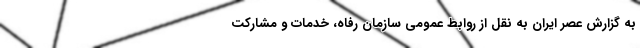
به گزارش عصر ایران به نقل از روابط عمومی سازمان رفاه، خدمات و مشارکت